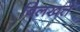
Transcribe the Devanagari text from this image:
बिलखते